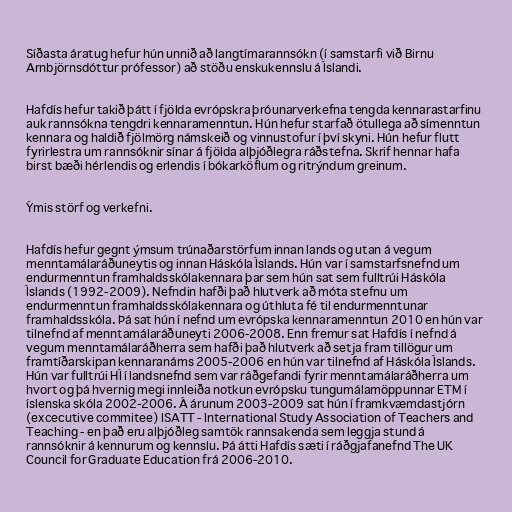
Síðasta áratug hefur hún unnið að langtímarannsókn (í samstarfi við Birnu
Arnbjörnsdóttur prófessor) að stöðu enskukennslu á Íslandi.

Hafdís hefur takið þátt í fjölda evrópskra þróunarverkefna tengda kennarastarfinu
auk rannsókna tengdri kennaramenntun. Hún hefur starfað ötullega að símenntun
kennara og haldið fjölmörg námskeið og vinnustofur í því skyni. Hún hefur flutt
fyrirlestra um rannsóknir sínar á fjölda alþjóðlegra ráðstefna. Skrif hennar hafa
birst bæði hérlendis og erlendis í bókarköflum og ritrýndum greinum.

Ýmis störf og verkefni.

Hafdís hefur gegnt ýmsum trúnaðarstörfum innan lands og utan á vegum
menntamálaráðuneytis og innan Háskóla Íslands. Hún var í samstarfsnefnd um
endurmenntun framhaldsskólakennara þar sem hún sat sem fulltrúi Háskóla
Íslands (1992-2009). Nefndin hafði það hlutverk að móta stefnu um
endurmenntun framhaldsskólakennara og úthluta fé til endurmenntunar
framhaldsskóla. Þá sat hún í nefnd um evrópska kennaramenntun 2010 en hún var
tilnefnd af menntamálaráðuneyti 2006-2008. Enn fremur sat Hafdís í nefnd á
vegum menntamálaráðherra sem hafði það hlutverk að setja fram tillögur um
framtíðarskipan kennaranáms 2005-2006 en hún var tilnefnd af Háskóla Íslands.
Hún var fulltrúi HÍ í landsnefnd sem var ráðgefandi fyrir menntamálaráðherra um
hvort og þá hvernig megi innleiða notkun evrópsku tungumálamöppunnar ETM í
íslenska skóla 2002-2006. Á árunum 2003-2009 sat hún í framkvæmdastjórn
(excecutive commitee) ISATT - International Study Association of Teachers and
Teaching - en það eru alþjóðleg samtök rannsakenda sem leggja stund á
rannsóknir á kennurum og kennslu. Þá átti Hafdís sæti í ráðgjafanefnd The UK
Council for Graduate Education frá 2006-2010.